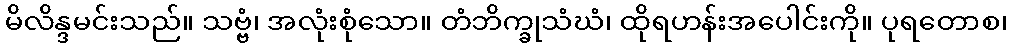
မိလိန္ဒမင်းသည်။ သဗ္ဗံ၊ အလုံးစုံသော။ တံဘိက္ခုသံဃံ၊ ထိုရဟန်းအပေါင်းကို။ ပုရတောစ၊